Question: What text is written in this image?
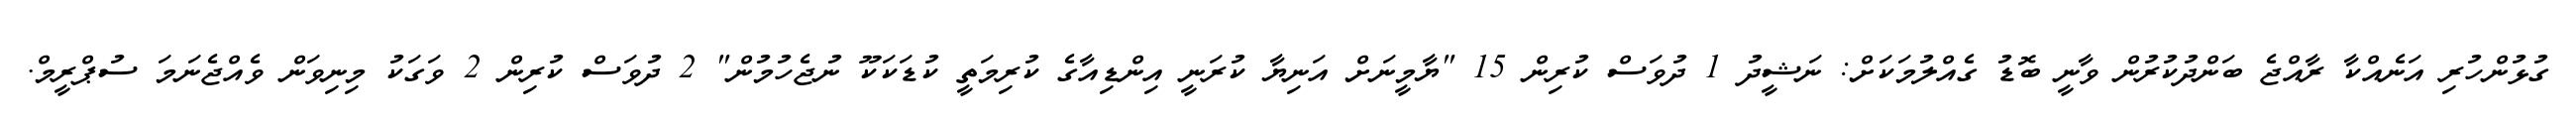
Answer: ގުޅުންހުރި އަނެއްކާ ރާއްޖެ ބަންދުކުރުން ވާނީ ބޮޑު ގެއްލުމަކަށް: ނަޝީދު 1 ދުވަސް ކުރިން 15 "ޔާމީނަށް އަނިޔާ ކުރަނީ އިންޑިއާގެ ކުރިމަތީ ކުޑަކަކޫ ނުޖެހުމުން" 2 ދުވަސް ކުރިން 2 ވަގަކު މިނިވަން ވެއްޖެނަމަ ސުޕްރީމް.